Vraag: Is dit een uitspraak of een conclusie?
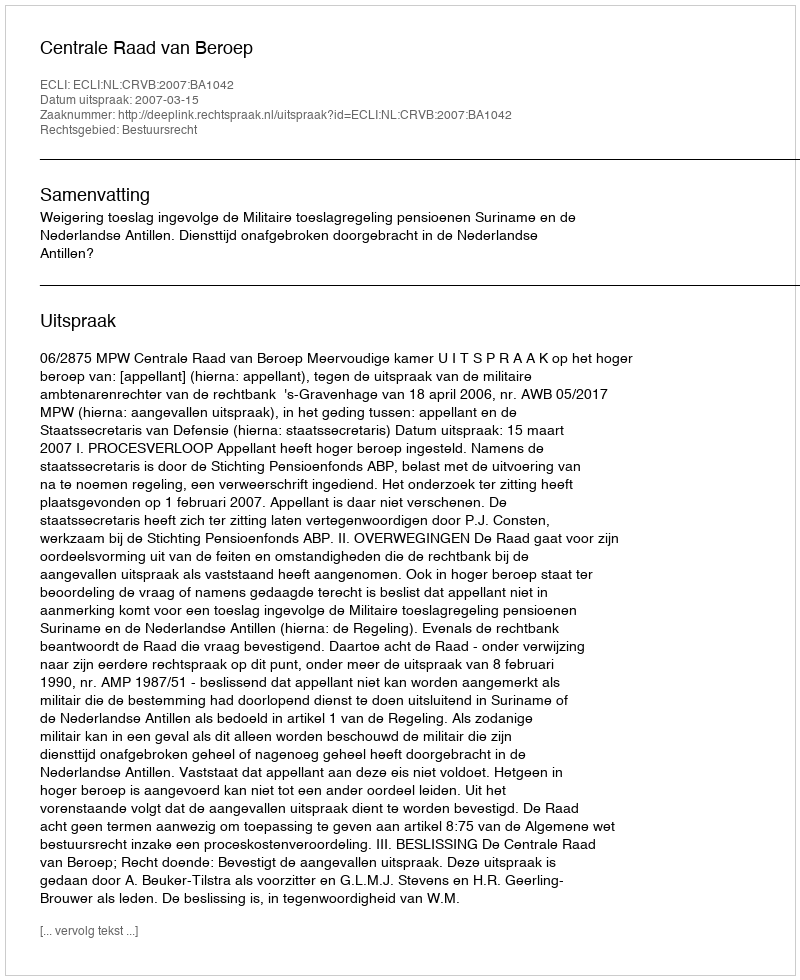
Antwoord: Uitspraak